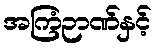
အကြံဉာဏ်နှင့်